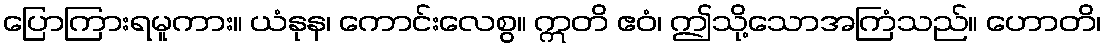
ပြောကြားရမူကား။ ယံနုန၊ ကောင်းလေစွ။ ဣတိ ဧဝံ၊ ဤသို့သောအကြံသည်။ ဟောတိ၊